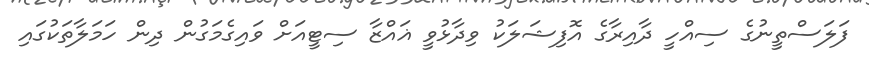
ފަލަސްތީނުގެ ސިއްހީ ދާއިރާގެ އޮފިޝަލަކު ވިދާޅުވީ ޣައްޒާ ސިޓީއަށް ވައިގެމަގުން ދިން ހަމަލާތަކުގައި